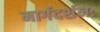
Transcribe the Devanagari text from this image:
मार्गदर्शनः